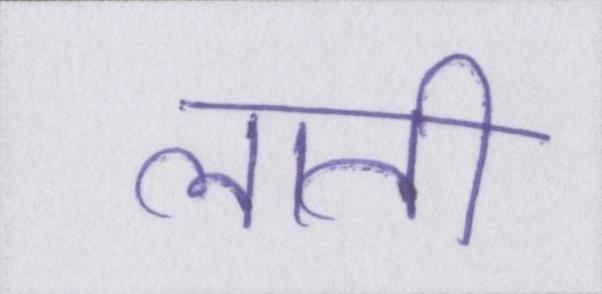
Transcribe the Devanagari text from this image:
लाती